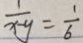
\frac { 1 } { x - y } = \frac { 1 } { 6 }